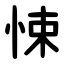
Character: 悚